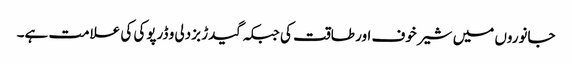
جانوروں میں شیر خوف اور طاقت کی جبکہ گیدڑ بزدلی و ڈرپوکی کی علامت ہے۔